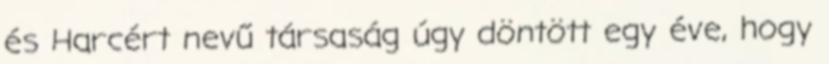
és Harcért nevű társaság úgy döntött egy éve, hogy